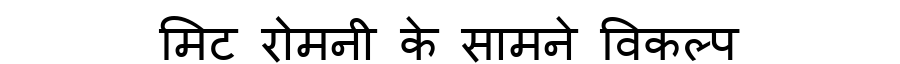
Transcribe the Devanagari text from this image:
मिट रोमनी के सामने विकल्प